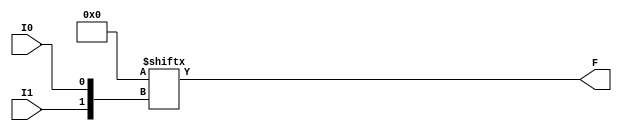
`ifdef verilator3
`else
`timescale 1 ps / 1 ps
`endif
//
// LUT2 primitive for Gowin FPGAs
// Compatible with Verilator tool (www.veripool.org)
// Copyright (c) 2022 Frdric REQUIN
// License : BSD
//

module LUT2
#(
    parameter [3:0] INIT = 4'b0
)
(
    input  I0,
    input  I1,
    output F
);

    assign F = INIT[{I1, I0}];

endmodule